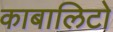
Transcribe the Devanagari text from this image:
काबालिटो